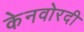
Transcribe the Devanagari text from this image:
केनवोरदी